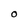
Character: o